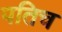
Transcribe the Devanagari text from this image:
पतिच